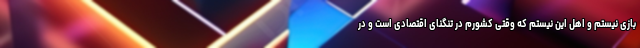
بازی نیستم و اهل این نیستم که وقتی کشورم در تنگنای اقتصادی است و در